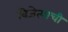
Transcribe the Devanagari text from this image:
विजेत्याची